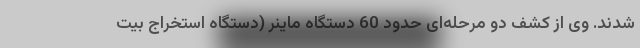
شدند. وی از کشف دو مرحله‌ای حدود 60 دستگاه ماینر (دستگاه استخراج بیت